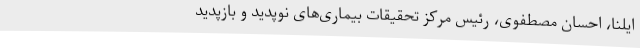
ایلنا، احسان مصطفوی، رئیس مرکز تحقیقات بیماری‌های نوپدید و بازپدید